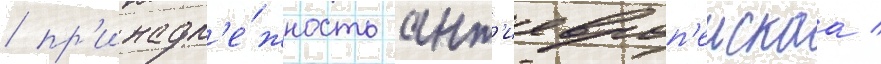
/ пр'инадл'е́жность ант'иевроп'еискаа /